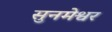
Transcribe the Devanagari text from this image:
सुनमेश्वर